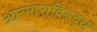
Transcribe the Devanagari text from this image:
आरमाराविरुद्ध